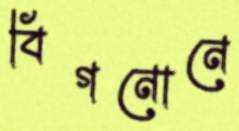
বিগনোনে